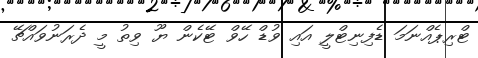
ޓްރިޕެއްނަމަ ޑެފިނިޓްލީ އައި ވުޑް ހޭވް ޓޭކެން ޔޫ ވިތު މީ ދެރަނުވައްޗޭ